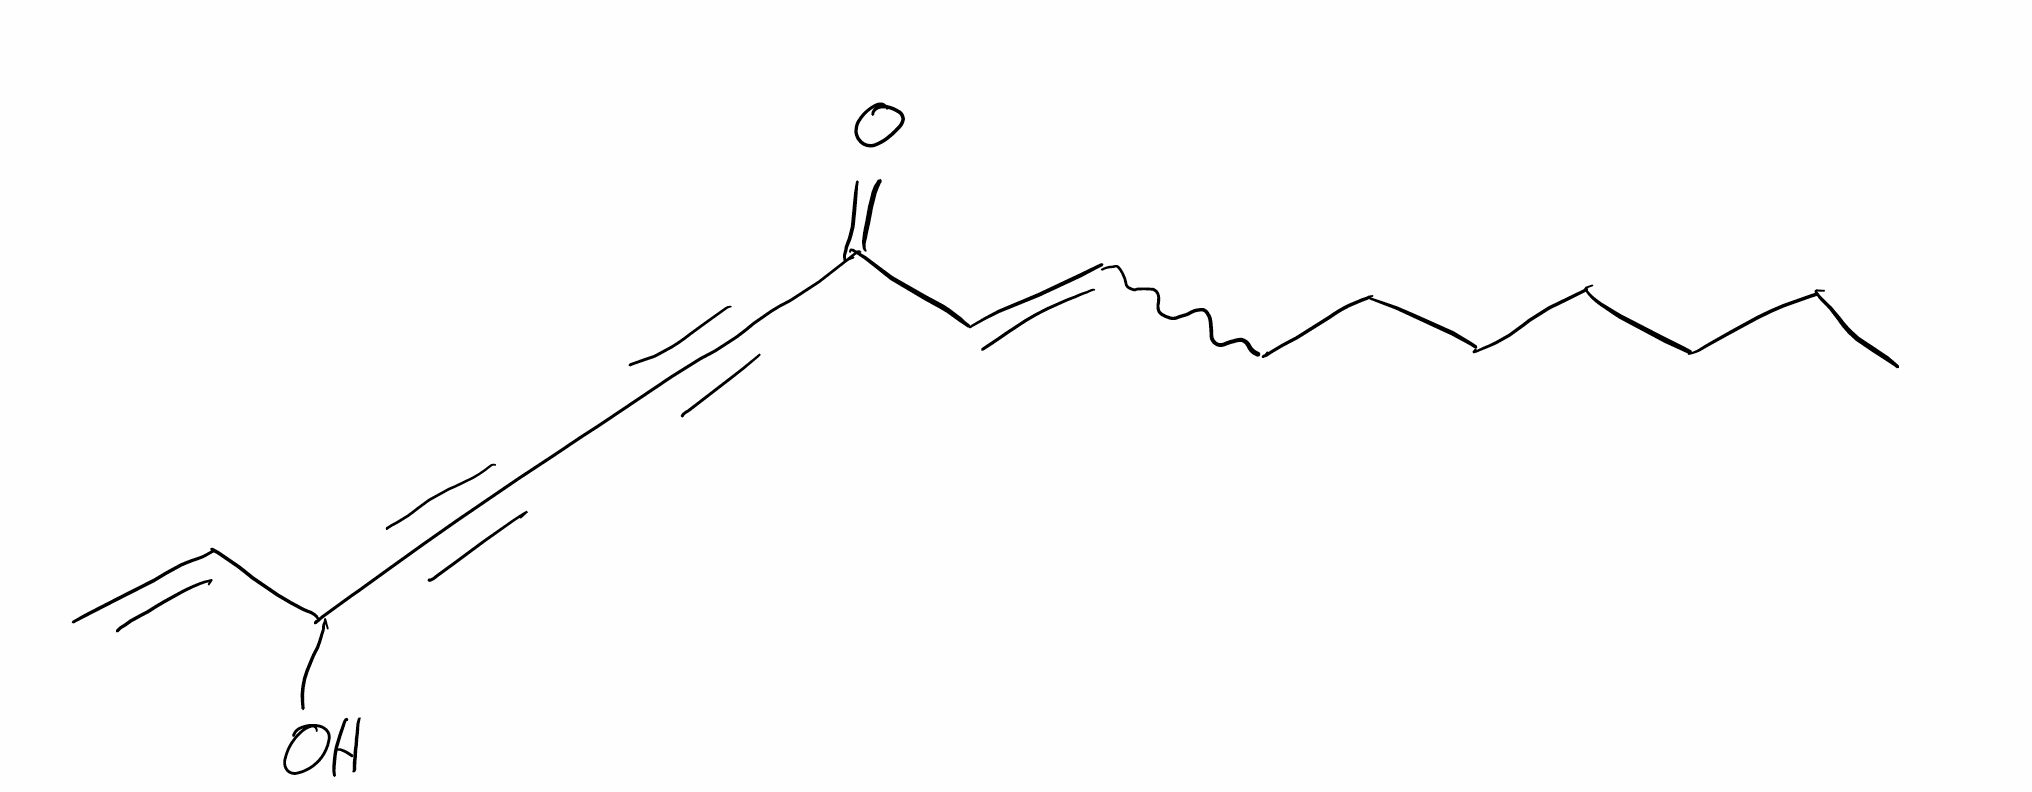
Simplified molecular-input line-entry system (SMILES) notation of the given molecule:
CCCCCCCC=CC(=O)C#CC#CC(C=C)O